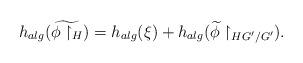
LaTeX: \begin{align*}h_{alg}(\widetilde{\phi\upharpoonright_{H}}) = h_{alg}(\xi)+ h_{alg}(\widetilde{\phi}\upharpoonright_{HG'/G'}).\end{align*}